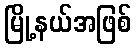
မြို့နယ်အဖြစ်